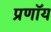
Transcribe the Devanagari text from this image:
प्रणॉय